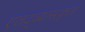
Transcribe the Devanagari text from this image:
एतद्व्यासकृतं